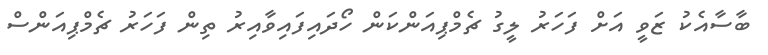
ބާސާއެކު ޒަވީ އަށް ފަހަރު ލީގު ޗެމްޕިއަންކަން ހޯދައިފައިވާއިރު ތިން ފަހަރު ޗެމްޕިއަންސް